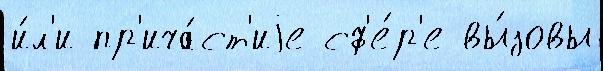
и́л'и пр'ича́ст'иjе сф'е́р'е вы́зовы